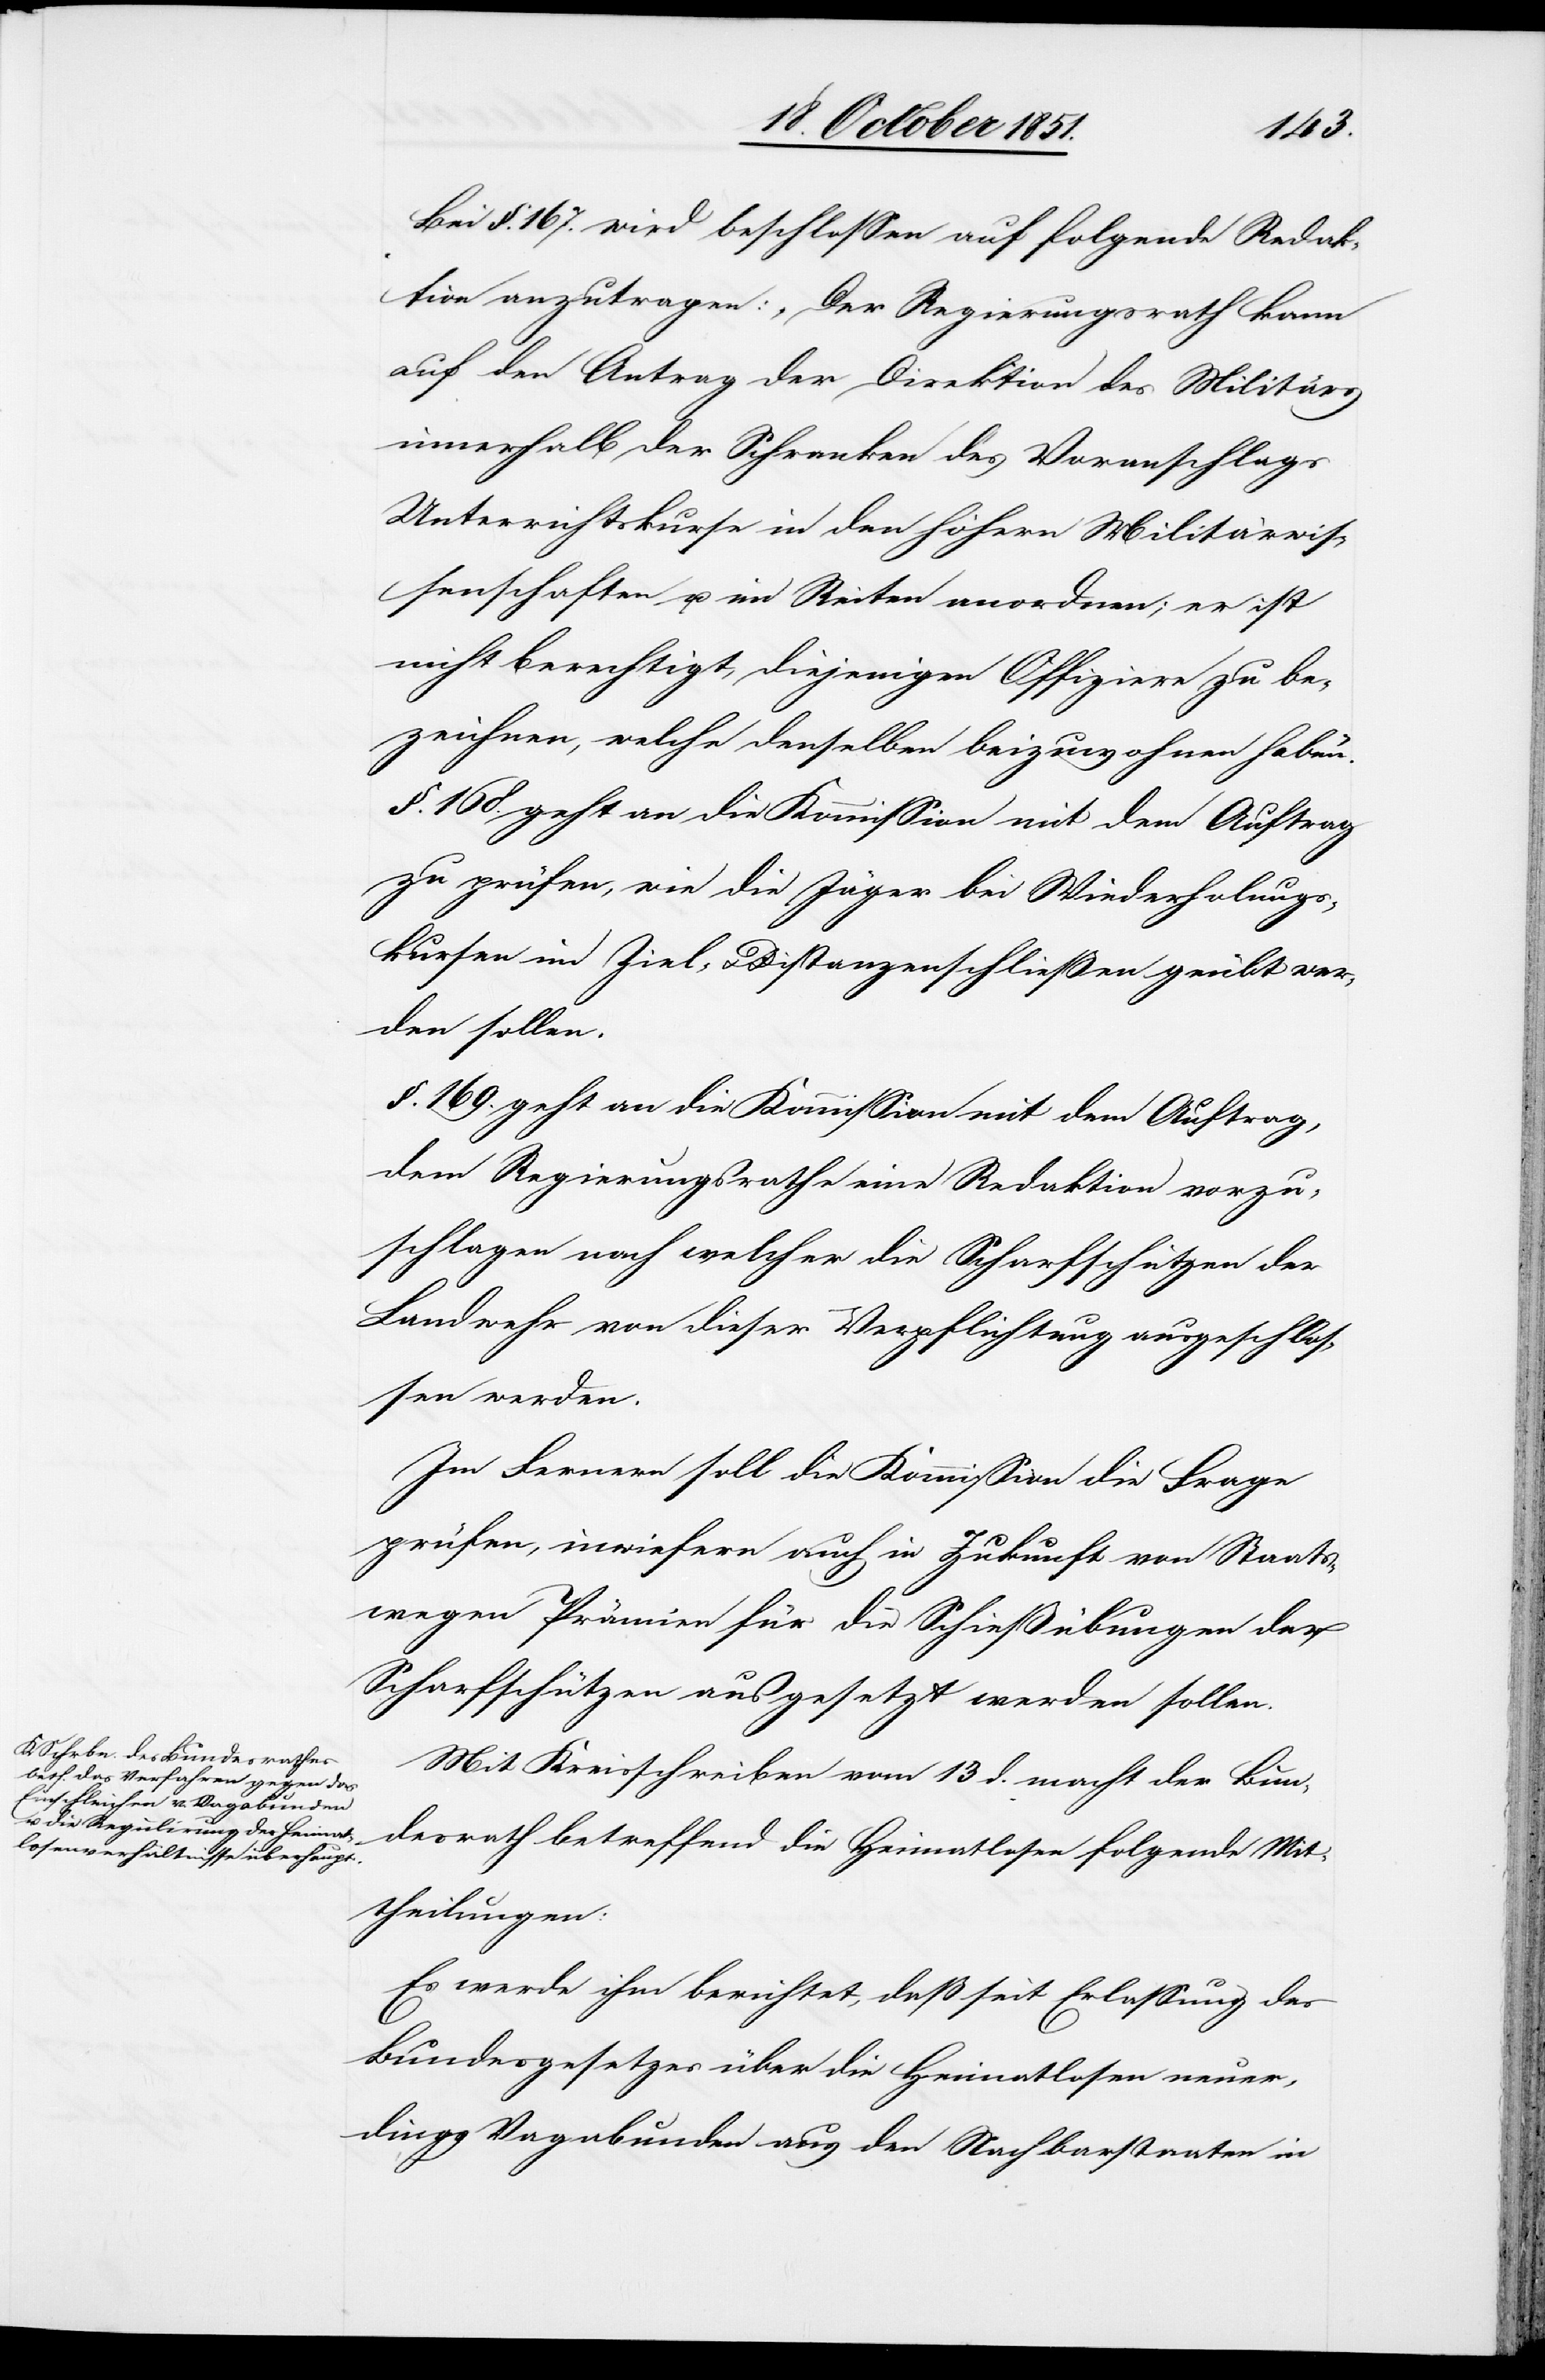
Bei §. 167. wird beschlossen auf folgende Redak¬
tion anzutragen: „Der Regierungsrath kann
auf den Antrag der Direktion des Militärs
innerhalb der Schranken des Voranschlags
Unterrichtskurse in den höhern Militärwis¬
senschaften u. im Reiten anordnen; er ist
nicht berechtigt, diejenigen Offiziere zu be¬
zeichnen, welche denselben beizuwohnen haben.“
§. 168. geht an die Kommission mit dem Auftrag
zu prüfen, wie die Jäger bei Wiederholungs¬
kursen im Ziel- & Distanzenschließen [sic!] geübt wer¬
den sollen.
§. 169. geht an die Kommission mit dem Auftrag,
dem Regierungsrathe eine Redaktion vorzu¬
schlagen nach welcher die Scharfschützen der
Landwehr von dieser Verpflichtung ausgeschlos¬
sen werden.
Im Fernern soll die Kommission die Frage
prüfen, inwiefern auch in Zukunft von Staats¬
wegen Prämien für die Schießübungen der
Scharfschützen ausgesetzt werden sollen.
Mit Kreisschreiben vom 13 d. macht der Bun¬
desrath betreffend die Heimatlosen folgende Mit¬
theilungen:
Es werde ihm berichtet, daß seit Erlassung des
Bundesgesetzes über die Heimatlosen neuer¬
dings Vagabunden aus den Nachbarstaaten in